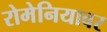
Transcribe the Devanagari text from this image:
रोमेनियावर